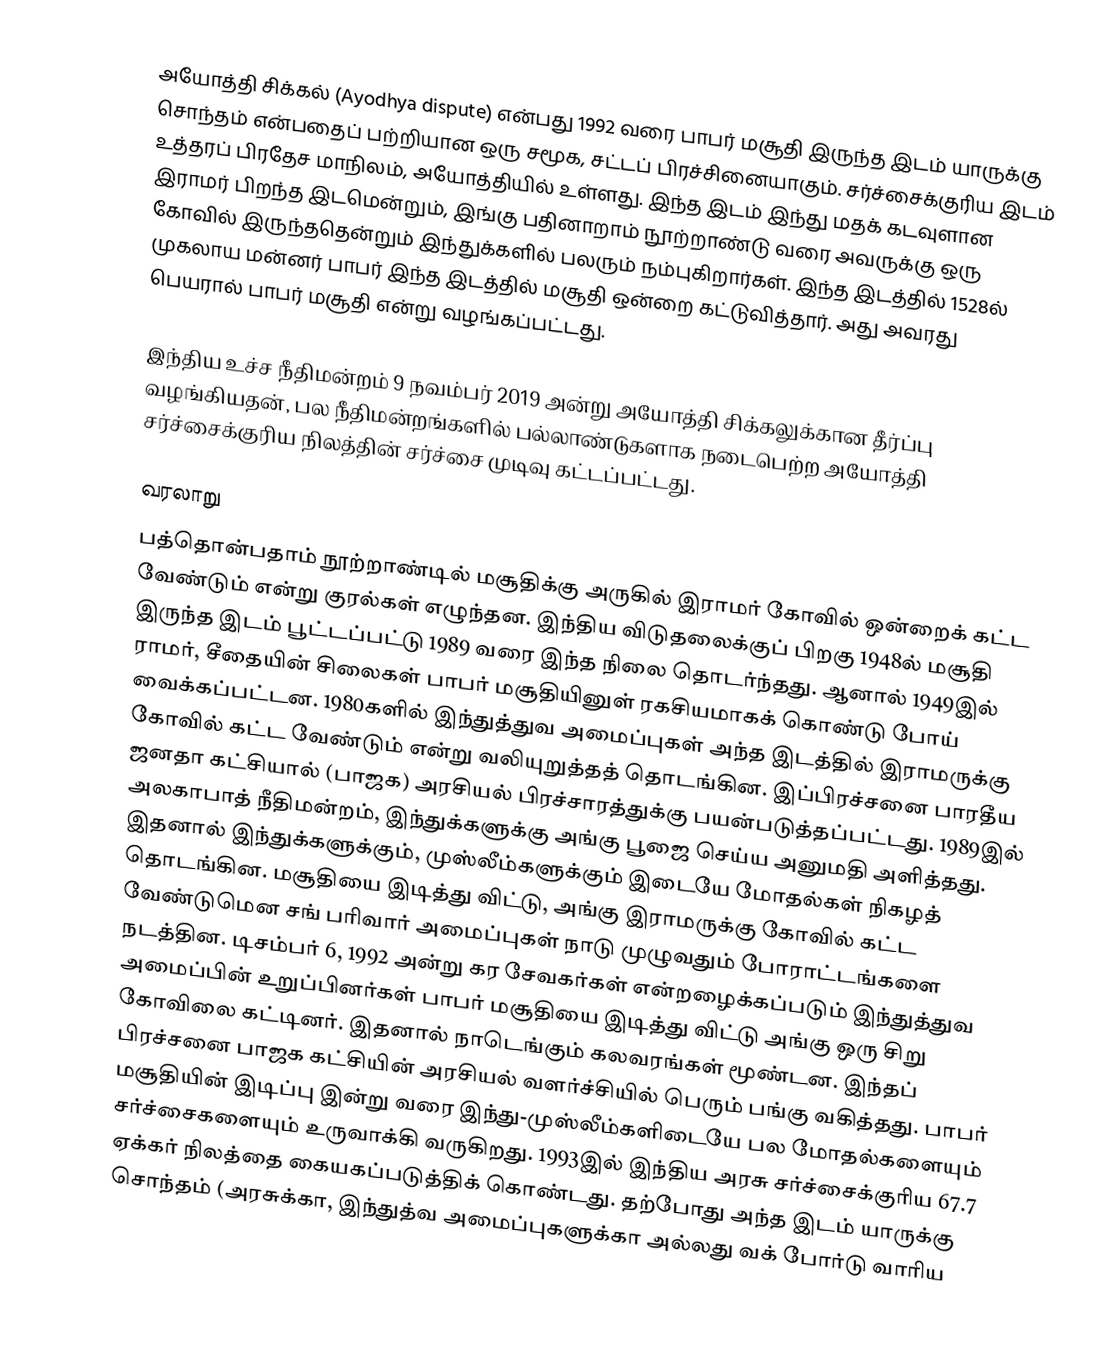
அயோத்தி சிக்கல் (Ayodhya dispute) என்பது 1992 வரை பாபர் மசூதி இருந்த இடம் யாருக்கு சொந்தம் என்பதைப் பற்றியான ஒரு சமூக, சட்டப் பிரச்சினையாகும். சர்ச்சைக்குரிய இடம் உத்தரப் பிரதேச மாநிலம், அயோத்தியில் உள்ளது. இந்த இடம் இந்து மதக் கடவுளான இராமர் பிறந்த இடமென்றும், இங்கு பதினாறாம் நூற்றாண்டு வரை அவருக்கு ஒரு கோவில் இருந்ததென்றும் இந்துக்களில் பலரும் நம்புகிறார்கள். இந்த இடத்தில் 1528ல் முகலாய மன்னர் பாபர் இந்த இடத்தில் மசூதி ஒன்றை கட்டுவித்தார். அது அவரது பெயரால் பாபர் மசூதி என்று வழங்கப்பட்டது.

இந்திய உச்ச நீதிமன்றம் 9 நவம்பர் 2019 அன்று  அயோத்தி சிக்கலுக்கான தீர்ப்பு வழங்கியதன், பல நீதிமன்றங்களில் பல்லாண்டுகளாக நடைபெற்ற அயோத்தி சர்ச்சைக்குரிய நிலத்தின் சர்ச்சை முடிவு கட்டப்பட்டது.

வரலாறு
பத்தொன்பதாம் நூற்றாண்டில் மசூதிக்கு அருகில் இராமர் கோவில் ஒன்றைக் கட்ட வேண்டும் என்று குரல்கள் எழுந்தன. இந்திய விடுதலைக்குப் பிறகு 1948ல் மசூதி இருந்த இடம் பூட்டப்பட்டு 1989 வரை இந்த நிலை தொடர்ந்தது. ஆனால் 1949இல் ராமர், சீதையின் சிலைகள் பாபர் மசூதியினுள் ரகசியமாகக் கொண்டு போய் வைக்கப்பட்டன. 1980களில் இந்துத்துவ அமைப்புகள் அந்த இடத்தில் இராமருக்கு கோவில் கட்ட வேண்டும் என்று வலியுறுத்தத் தொடங்கின. இப்பிரச்சனை பாரதீய ஜனதா கட்சியால் (பாஜக) அரசியல் பிரச்சாரத்துக்கு பயன்படுத்தப்பட்டது. 1989இல் அலகாபாத் நீதிமன்றம், இந்துக்களுக்கு அங்கு பூஜை செய்ய அனுமதி அளித்தது. இதனால் இந்துக்களுக்கும், முஸ்லீம்களுக்கும் இடையே மோதல்கள் நிகழத் தொடங்கின. மசூதியை இடித்து விட்டு, அங்கு இராமருக்கு கோவில் கட்ட வேண்டுமென சங் பரிவார் அமைப்புகள் நாடு முழுவதும் போராட்டங்களை நடத்தின. டிசம்பர் 6, 1992 அன்று கர சேவகர்கள் என்றழைக்கப்படும் இந்துத்துவ அமைப்பின் உறுப்பினர்கள் பாபர் மசூதியை இடித்து விட்டு அங்கு ஒரு சிறு கோவிலை கட்டினர். இதனால் நாடெங்கும் கலவரங்கள் மூண்டன. இந்தப் பிரச்சனை பாஜக கட்சியின் அரசியல் வளர்ச்சியில் பெரும் பங்கு வகித்தது. பாபர் மசூதியின் இடிப்பு இன்று வரை இந்து-முஸ்லீம்களிடையே பல மோதல்களையும் சர்ச்சைகளையும் உருவாக்கி வருகிறது. 1993இல் இந்திய அரசு சர்ச்சைக்குரிய 67.7 ஏக்கர் நிலத்தை கையகப்படுத்திக் கொண்டது. தற்போது அந்த இடம் யாருக்கு சொந்தம் (அரசுக்கா, இந்துத்வ அமைப்புகளுக்கா அல்லது வக் போர்டு வாரிய